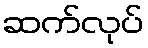
ဆက်လုပ်